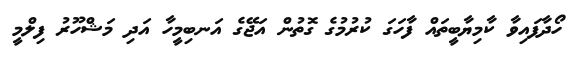
ހޯދާފައިވާ ކާމިޔާބީތައް ފާހަގަ ކުރުމުގެ ގޮތުން އަޖޭގެ އަނބިމީހާ އަދި މަޝްހޫރު ފިލްމީ